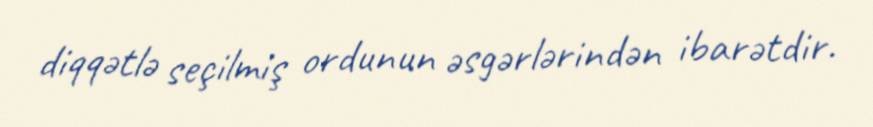
diqqətlə seçilmiş ordunun əsgərlərindən ibarətdir.